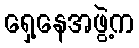
ရှေ့နေအဖွဲ့က